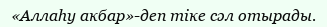
«Аллаһу акбар»-деп тіке сәл отырады.